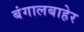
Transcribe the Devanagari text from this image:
बंगालबाहेर